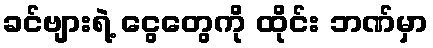
ခင်ဗျားရဲ့ ငွေတွေကို ထိုင်း ဘဏ်မှာ